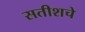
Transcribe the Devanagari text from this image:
सतीशचे